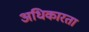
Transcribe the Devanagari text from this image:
अधिकारता